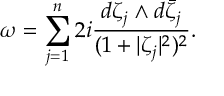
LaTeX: \omega = \sum _ { j = 1 } ^ { n } 2 i \frac { d \zeta _ { j } \wedge d \bar { \zeta } _ { j } } { ( 1 + | \zeta _ { j } | ^ { 2 } ) ^ { 2 } } .